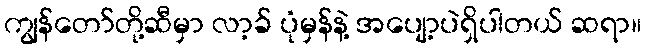
ကျွန်တော်တို့ဆီမှာ လာ့ခ် ပုံမှန်နဲ့ အပျော့ပဲရှိပါတယ် ဆရာ။